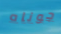
جوناه